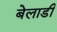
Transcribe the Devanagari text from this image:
बेलाडी